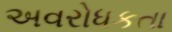
અવરોધકતા